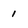
Character: 1